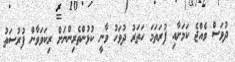
ދުވަސް ވެއްޖެ ކަމަށާއި ފުރަތަމަ ހަތަރު ދުވަހު ވާނީ ކުޅުންތެރިންނަށް ރިކަވަވާން ފުރުސަތު